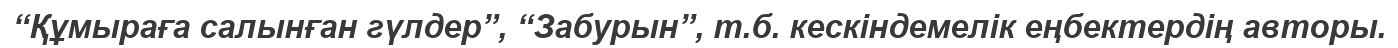
“Құмыраға салынған гүлдер”, “Забурын”, т.б. кескіндемелік еңбектердің авторы.